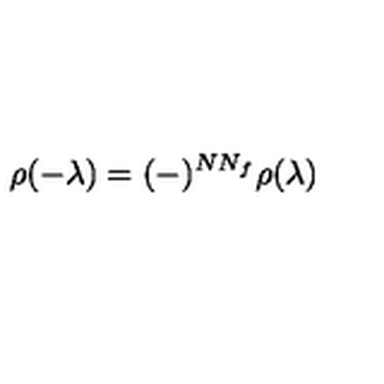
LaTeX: \rho ( - \lambda ) = ( - ) ^ { N N _ { f } } \rho ( \lambda )